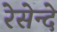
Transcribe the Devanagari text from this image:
रेसेन्दे